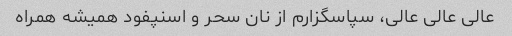
عالی عالی عالی، سپاسگزارم از نان سحر و اسنپفود همیشه همراه